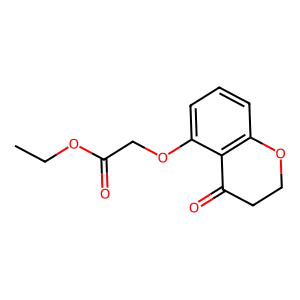
SMILES: CCOC(=O)COc1cccc2c1C(=O)CCO2
Inhibits HIV replication: No